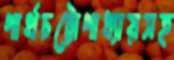
পার্থচট্টোপাধ্যায়সহ